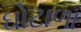
ઘોટાળા